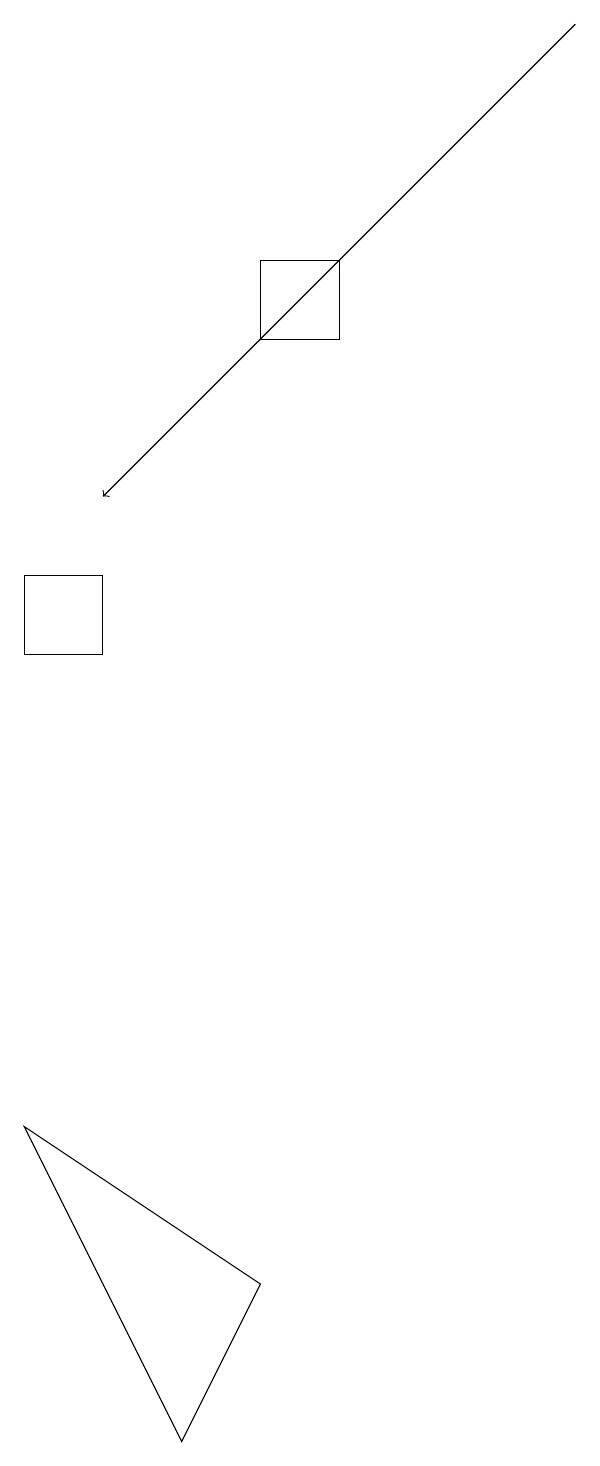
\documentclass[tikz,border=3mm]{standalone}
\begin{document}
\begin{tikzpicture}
\draw (2,0) -- (3,2) -- (0,4) -- cycle;
\draw (3,14) rectangle (4,15);
\draw[->] (7,18) -- (1,12);
\draw (0,11) rectangle (1,10);
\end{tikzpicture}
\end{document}